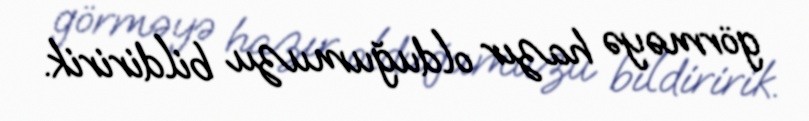
görməyə hazır olduğumuzu bildiririk.